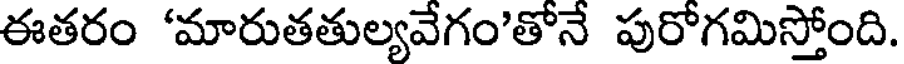
ఈతరం 'మారుతతుల్యవేగం'తోనే పురోగమిస్తోంది.